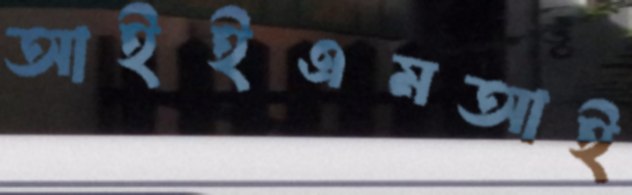
আইইএমআই